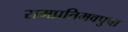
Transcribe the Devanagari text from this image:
रामप्रतिमवपुषा